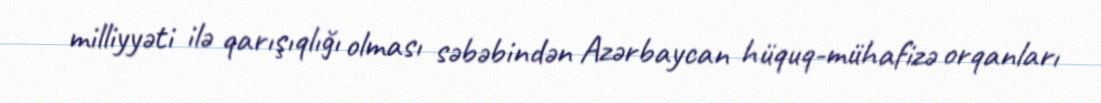
milliyyəti ilə qarışıqlığı olması səbəbindən Azərbaycan hüquq-mühafizə orqanları